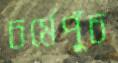
চর্মেপুঁচ